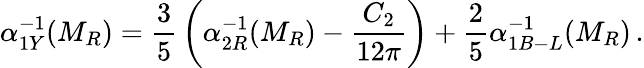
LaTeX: \alpha_{1Y}^{-1}(M_{R})={\frac{3}{5}}\left(\alpha_{2R}^{-1}(M_{R})-{\frac{C_{2}}{12\pi}}\right)+{\frac{2}{5}}\alpha_{1B-L}^{-1}(M_{R})\, .